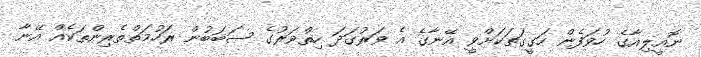
ނޮއީލިއާގެ ހުވަފެން ހަގީގަތަކަށްވީ އޭނާގެ އެ ވަރުގަދަ ހިތްވަރުގެ ސަބަބުން ރަހުމަތްތެރިންތަކެއް އޭނާ